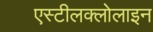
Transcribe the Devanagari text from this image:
एस्टीलक्लोलाइन